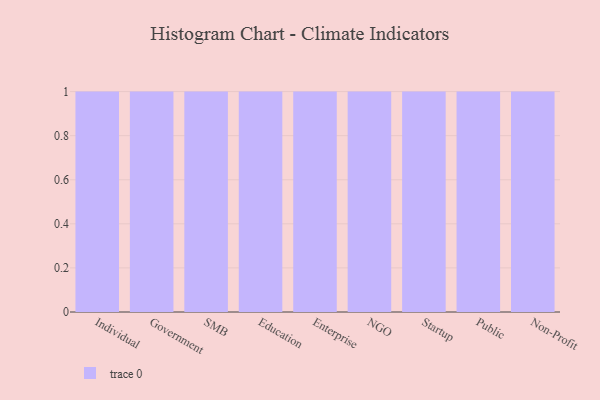
{"axis": {"x": "Segment", "y": "Operating Costs (USD K)"}, "legend": [""], "data": [{"x": "Individual", "y": 19, "type": ""}, {"x": "Government", "y": 29, "type": ""}, {"x": "SMB", "y": 33, "type": ""}, {"x": "Education", "y": 98, "type": ""}, {"x": "Enterprise", "y": 11, "type": ""}, {"x": "NGO", "y": 48, "type": ""}, {"x": "Startup", "y": 48, "type": ""}, {"x": "Public", "y": 11, "type": ""}, {"x": "Non-Profit", "y": 11, "type": ""}]}